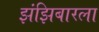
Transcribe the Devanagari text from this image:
झंझिबारला